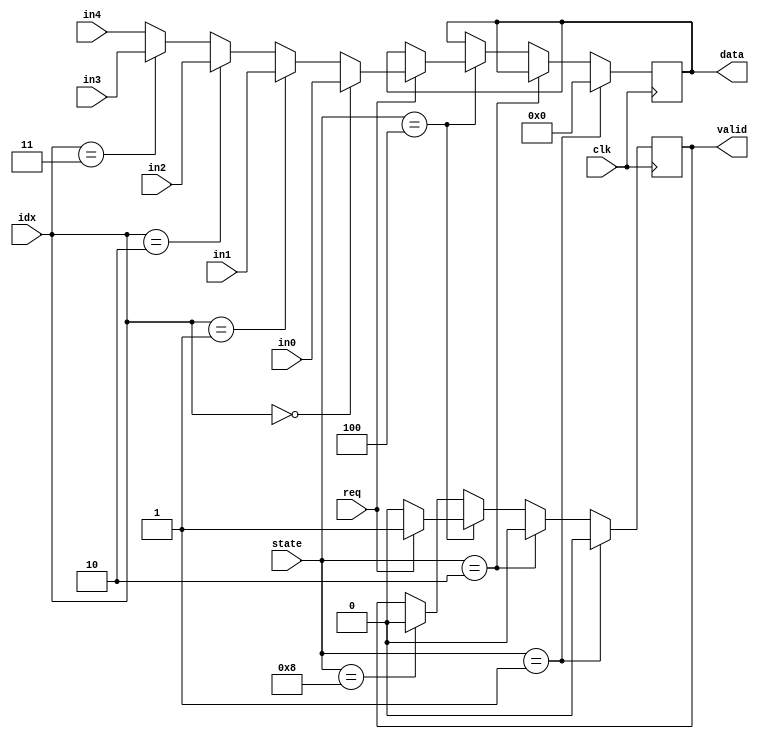
module mux(
	   input [4:0] 	    in0, in1, in2, in3, in4,
	   input [3:0] 	    state, 
	   input [2:0] 	    idx,
	   input 	    req, clk,
	   output reg [4:0] data,
	   output reg 	    valid
	   );
   
   always @(posedge clk) begin
      if(state == 4'b0001) begin //estado reset
	 data <= 0;
	 valid <= 0;
      end else if(state == 4'b0010) begin // estado init
	 valid <= 0;
      end else if(state == 4'b0100) begin // estado idle
	 if(req == 1) begin
	    valid <= 1;
	    if(idx == 0)
	      data <= in0;
	    else if(idx == 1)
	      data <= in1;
	    else if(idx == 2)
	      data <= in2;
	    else if(idx == 3)
	      data <= in3;
	    else
	      data <= in4;
	 end else
	   valid <= 0;
	 // if (req == 1)     
      end else if(state == 4'b1000) begin //estado active
	 valid <= 0;
      end
   end // always @ (posedge clk)
endmodule // mux